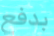
بدفع